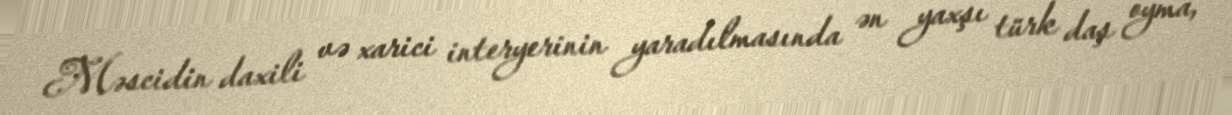
Məscidin daxili və xarici interyerinin yaradılmasında ən yaxşı türk daş oyma,